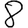
Digit: 8